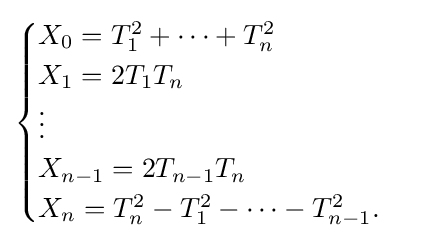
{\begin{cases}X_{0}=T_{1}^{2}+\cdots +T_{n}^{2}\\X_{1}=2T_{1}T_{n}\\\vdots \\X_{n-1}=2T_{n-1}T_{n}\\X_{n}=T_{n}^{2}-T_{1}^{2}-\cdots -T_{n-1}^{2}.\end{cases}}